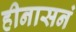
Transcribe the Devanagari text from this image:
हीनासनं